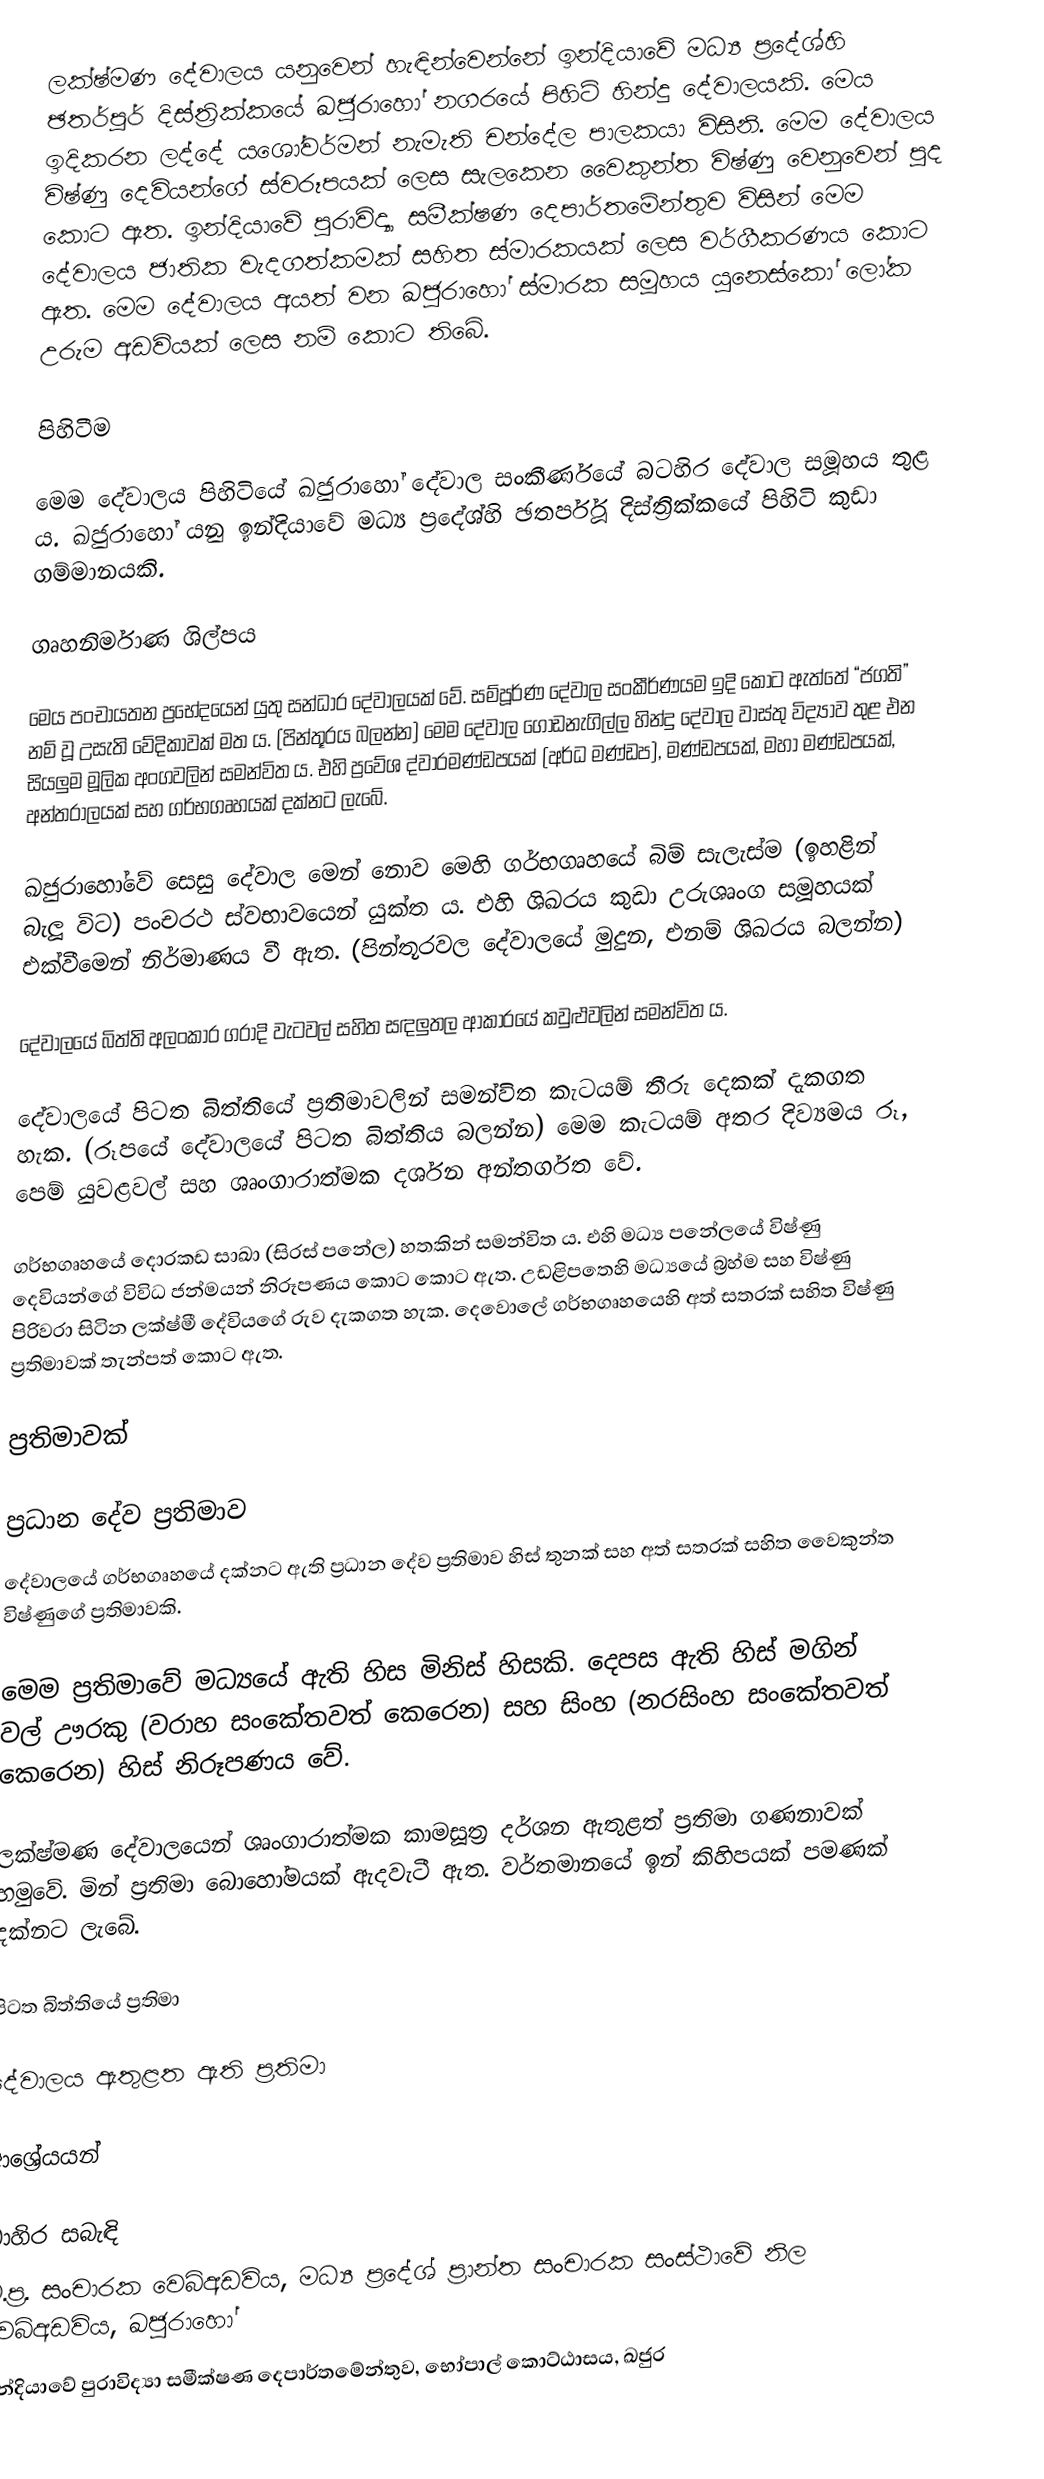
ලක්ෂ්මණ දේවාලය යනුවෙන් හැඳින්වෙන්නේ  ඉන්දියාවේ මධ්‍ය ප්‍රදේශ්හි ඡතර්පූර් දිස්ත්‍රික්කයේ ඛජුරාහෝ නගරයේ පිහිටි හින්දු දේවාලයකි. මෙය ඉදිකරන ලද්දේ යශෝවර්මන් නැමැති චන්දේල පාලකයා විසිනි. මෙම දේවාලය විෂ්ණු දෙවියන්ගේ ස්වරූපයක් ලෙස සැලකෙන වෛකුන්ත විෂ්ණු වෙනුවෙන් පුද කොට ඇත. ඉන්දියාවේ පුරාවිද්‍යා සමීක්ෂණ දෙපාර්තමේන්තුව විසින් මෙම දේවාලය ජාතික වැදගත්කමක් සහිත ස්මාරකයක් ලෙස වර්ගීකරණය කොට ඇත. මෙම දේවාලය අයත් වන ඛජුරාහෝ ස්මාරක සමූහය යුනෙස්කෝ ලෝක උරුම අඩවියක් ලෙස නම් කොට තිබේ.

පිහිටීම

මෙම දේවාලය පිහිටියේ ඛජුරාහෝ දේවාල සංකීර්ණයේ බටහිර දේවාල සමූහය තුළ ය. ඛජුරාහෝ යනු ඉන්දියාවේ මධ්‍ය ප්‍රදේශ්හි ඡතර්පූර් දිස්ත්‍රික්කයේ පිහිටි කුඩා ගම්මානයකි.

ගෘහනිර්මාණ ශිල්පය

මෙය පංචායතන ප්‍රභේදයෙන් යුතු සන්ධාර දේවාලයක් වේ. සම්පූර්ණ දේවාල සංකීර්ණයම ඉදි කොට ඇත්තේ “ජගති” නම් වූ උසැති වේදිකාවක් මත ය. (පින්තූරය බලන්න) මෙම දේවාල ගොඩනැගිල්ල හින්දු දේවාල වාස්තු විද්‍යාව තුළ එන සියලුම මූලික අංගවලින් සමන්විත ය. එහි ප්‍රවේශ ද්වාරමණ්ඩපයක් (අර්ධ මණ්ඩප), මණ්ඩපයක්, මහා මණ්ඩපයක්, අන්තරාලයක් සහ ගර්භගෘහයක් දක්නට ලැබේ.

ඛජුරාහෝවේ සෙසු දේවාල මෙන් නොව මෙහි ගර්භගෘහයේ බිම් සැලැස්ම (ඉහළින් බැලූ විට) පංචරථ ස්වභාවයෙන් යුක්ත ය. එහි ශිඛරය කුඩා උරුශෘංග සමූහයක් එක්වීමෙන් නිර්මාණය වී ඇත. (පින්තූරවල දේවාලයේ මුදුන, එනම් ශිඛරය බලන්න)

දේවාලයේ බිත්ති අලංකාර ගරාදි වැටවල් සහිත සඳලුතල ආකාරයේ කවුළුවලින් සමන්විත ය.

දේවාලයේ පිටත බිත්තියේ ප්‍රතිමාවලින් සමන්විත කැටයම් තීරු දෙකක් දැකගත හැක. (රූපයේ දේවාලයේ පිටත බිත්තිය බලන්න) මෙම කැටයම් අතර ‍දිව්‍යමය රූ, පෙම් යුවළවල් සහ ශෘංගාරාත්මක දර්ශන අන්තර්ගත වේ.

ගර්භගෘහයේ දොරකඩ සාඛා (සිරස් පනේල) හතකින් සමන්විත ය. එහි මධ්‍ය පනේලයේ විෂ්ණු දෙවියන්ගේ විවිධ ජන්මයන් නිරූපණය කොට කොට ඇත. උඩළිපතෙහි මධ්‍යයේ බ්‍රහ්ම සහ විෂ්ණු පිරිවරා සිටින ලක්ෂ්මී දේවියගේ රුව දැකගත හැක. දෙවොලේ ගර්භගෘහයෙහි අත් සතරක් සහිත විෂ්ණු ප්‍රතිමාවක් තැන්පත් කොට ඇත.

ප්‍රතිමාවක්

ප්‍රධාන දේව ප්‍රතිමාව
දේවාලයේ ගර්භගෘහයේ දක්නට ඇති ප්‍රධාන දේව ප්‍රතිමාව හිස් තුනක් සහ අත් සතරක් සහිත වෛකුන්ත විෂ්ණුගේ ප්‍රතිමාවකි.

මෙම ප්‍රතිමාවේ මධ්‍යයේ ඇති හිස මිනිස් හිසකි. දෙපස ඇති හිස් මගින් වල් ඌරකු (වරාහ සංකේතවත් කෙරෙන) සහ සිංහ (නරසිංහ සංකේතවත් කෙරෙන) හිස් නිරූපණය වේ.

ලක්ෂ්මණ දේවාලයෙන් ශෘංගාරාත්මක කාමසූත්‍ර දර්ශන ඇතුළත් ප්‍රතිමා ගණනාවක් හමුවේ. මින් ප්‍රතිමා බොහෝමයක් ඇදවැටී ඇත. වර්තමානයේ ඉන් කිහිපයක් පමණක් දක්නට ලැබේ.

පිටත බිත්තියේ ප්‍රතිමා

දේවාලය ඇතුළත ඇති ප්‍රතිමා

ආශ්‍රේයයන්

බාහිර සබැඳි
 ම.ප්‍ර. සංචාරක වෙබ්අඩවිය, මධ්‍ය ප්‍රදේශ් ප්‍රාන්ත සංචාරක සංස්ථාවේ නිල වෙබ්අඩවිය, ඛජුරාහෝ
 ඉන්දියාවේ පුරාවිද්‍යා සමීක්ෂණ දෙපාර්තමේන්තුව, භෝපාල් කොට්ඨාසය, ඛජුර